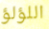
اللؤلؤ